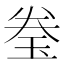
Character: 𬍢